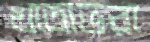
খাতাভরা